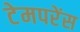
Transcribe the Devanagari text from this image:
टेमपरेंस